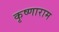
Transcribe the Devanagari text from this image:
कृष्णाराम